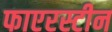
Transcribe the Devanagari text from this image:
फाएरस्टीन